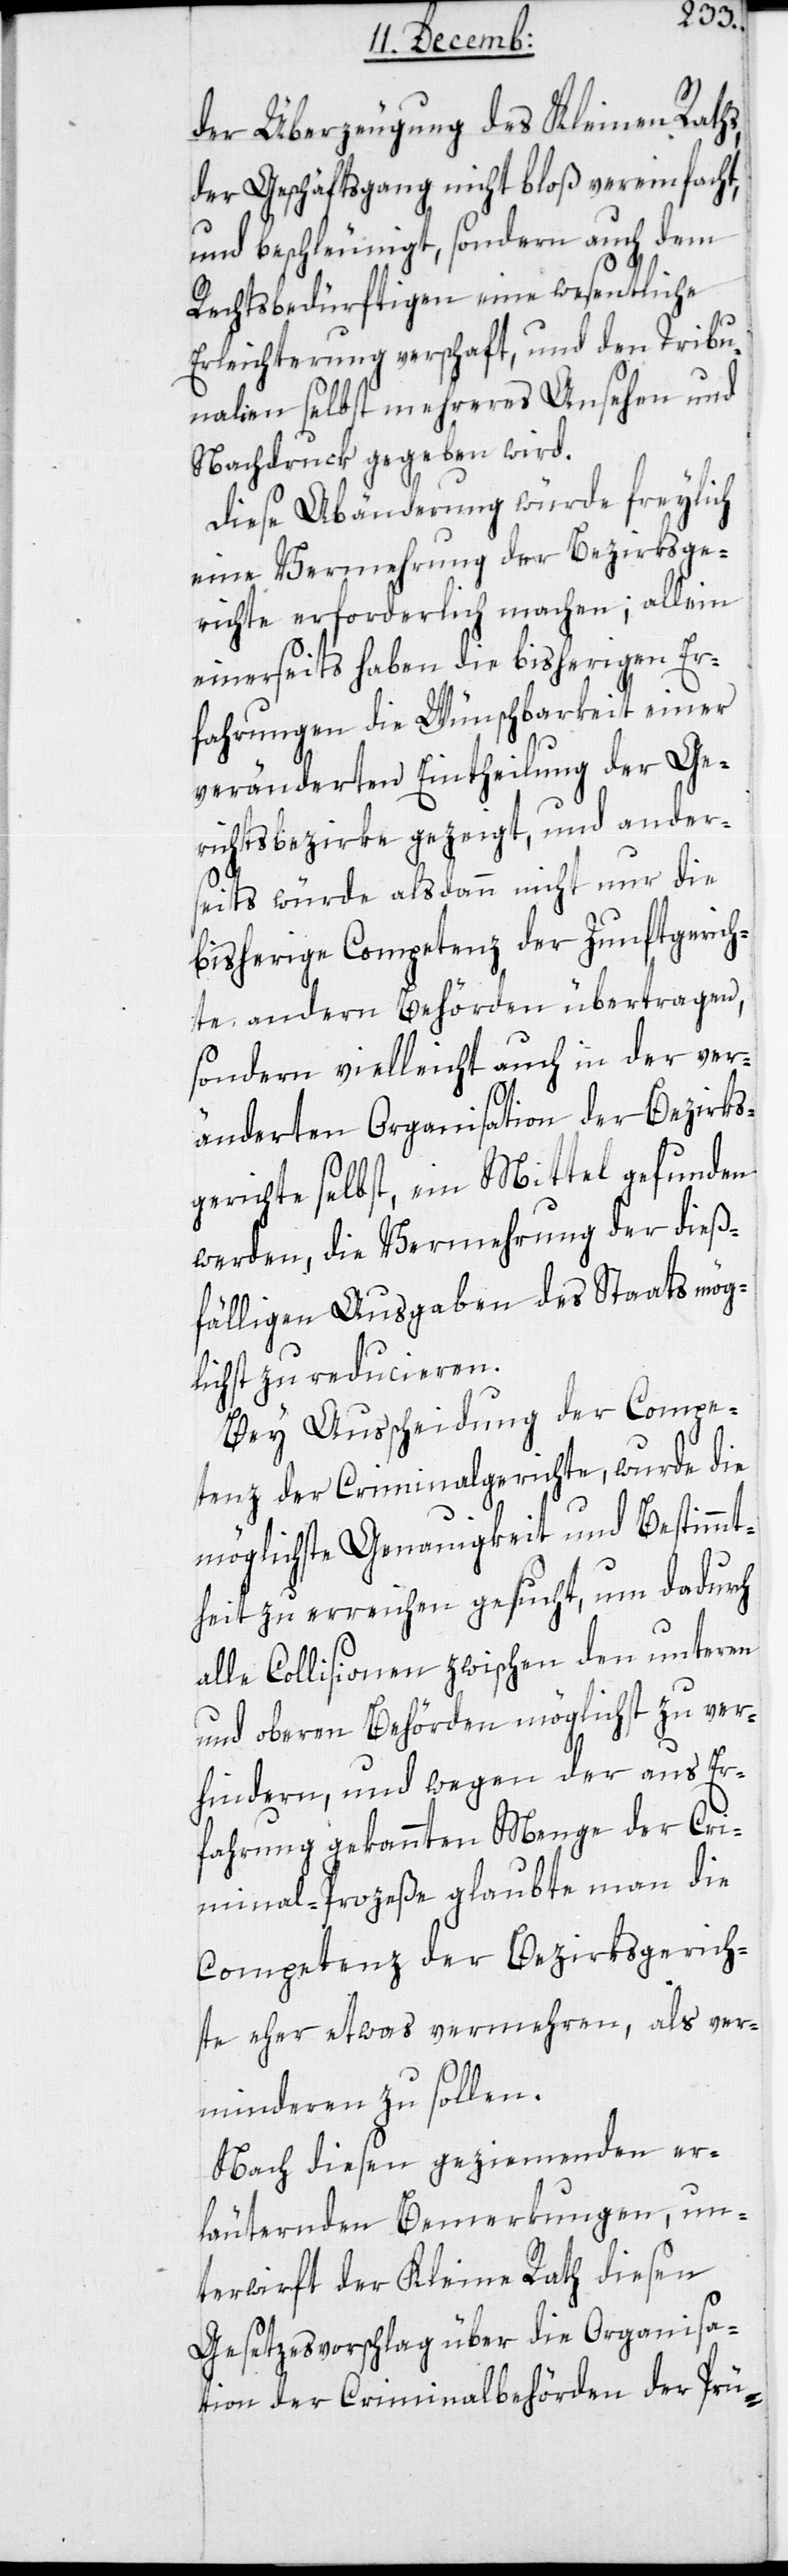
der Überzeugung des Kleinen Raths,
der Geschäftsgang nicht bloß vereinfacht
und beschleunigt, sondern auch dem
Rechtsbedürftigen eine wesentliche
Erleichterung verschafft, und den Tribu¬
nalien selbst mehreres Ansehen und
Nachdruck gegeben wird.
Diese Abänderung würde freylich
eine Vermehrung der Bezirksge¬
richte erforderlich machen; allein
einerseits haben die bisherigen Er¬
fahrungen die Wünschbarkeit einer
veränderten Eintheilung der Ge¬
richtsbezirke gezeigt, und ander¬
seits würde alsdann nicht nur die
bisherige Competenz der Zunftgerich¬
te andern Behörden übertragen,
sondern vielleicht auch in der ver¬
änderten Organisation der Bezirks¬
gerichte selbst, ein Mittel gefunden
werden, die Vermehrung der dieß¬
fälligen Ausgaben des Staats mög¬
lichst zu reducieren.
Bei Ausscheidung der Compe¬
tenz der Criminalgerichte, wurde die
möglichste Genauigkeit und Bestimmt¬
heit zu erreichen gesucht, um dadurch
alle Collisionen zwischen den unteren
und oberen Behörden möglichst zu ver¬
hindern, und wegen der aus Er¬
fahrung gekannten Menge der Cri¬
minal-Prozeße glaubte man die
Competenz der Bezirksgerich¬
te eher etwas vermehren, als ver¬
mindern zu sollen.
Nach diesen geziemenden er¬
läuternden Bemerkungen, un¬
terwirft der Kleine Rath diesen
Gesetzesvorschlag über die Organisa¬
tion der Criminalbehörden der Prü-